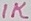
Text: 1K